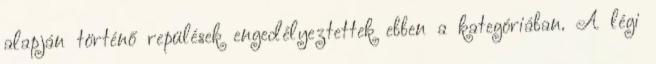
alapján történő repülések engedélyeztettek ebben a kategóriában. A légi